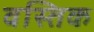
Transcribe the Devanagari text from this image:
वस्तिक